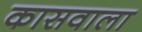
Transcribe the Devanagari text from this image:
कासवाला